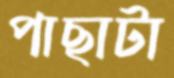
পাছাটা